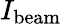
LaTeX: I_{\mathrm{{beam}}}